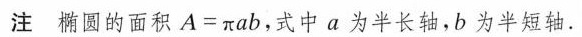
注椭圆的面积A=πab，式中a为半长轴，b为半短轴。